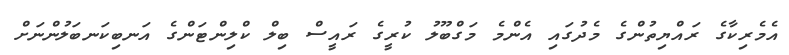
އެމެރިކާގެ ރައްޔިތުންގެ މެދުގައި އެންމެ މަގްބޫލު ކުރީގެ ރައީސް ބިލް ކްލިންޓަންގެ އަނބިކަނބަލުންނަށް